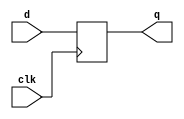
module d_flip_flop(
    input d, // Input data
    input clk, // Clock signal
    output reg q // Output data
);

always @(posedge clk) begin
    q <= d;
end

endmodule